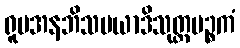
ရူပအနဘိသမယာဒိသုတ္တပဉ္စကံ